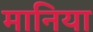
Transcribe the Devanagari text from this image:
मानिया